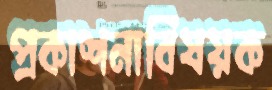
প্রকাশনাবিষয়ক